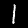
Label: 1